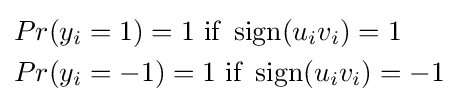
{\begin{aligned}&Pr(y_{i}=1)=1{\text{ if }}\operatorname {sign} (u_{i}v_{i})=1\,\\&Pr(y_{i}=-1)=1{\text{ if }}\operatorname {sign} (u_{i}v_{i})=-1\,\end{aligned}}